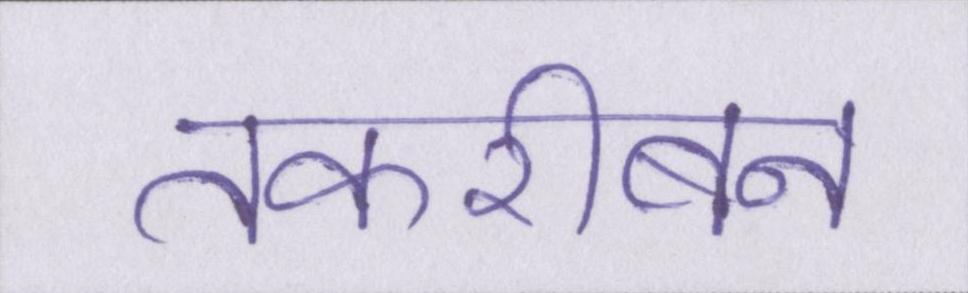
तकरीबन